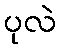
ပုလဲ